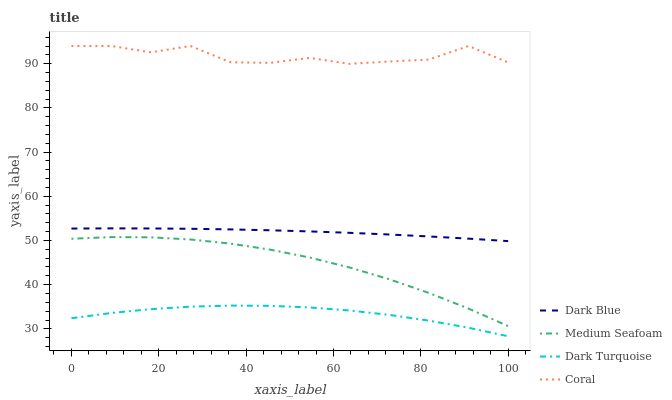
| xaxis_label | Dark Blue | Medium Seafoam | Dark Turquoise | Coral |
 | --- | --- | --- | --- | --- |
 | 0 | 52.7 | 50.4 | 32.4 | 94 |
 | 9.09 | 52.7 | 50.8 | 33.6 | 94 |
 | 18.2 | 52.7 | 50.7 | 34.5 | 92.6 |
 | 27.3 | 52.6 | 50.2 | 35 | 94 |
 | 36.4 | 52.5 | 49.3 | 35.3 | 90.3 |
 | 45.5 | 52.3 | 47.9 | 35.2 | 90.2 |
 | 54.5 | 52.1 | 46.1 | 34.8 | 91.3 |
 | 63.6 | 51.7 | 43.9 | 34.2 | 90 |
 | 72.7 | 51.4 | 41.2 | 33.2 | 90.5 |
 | 81.8 | 50.9 | 38.1 | 31.9 | 90.9 |
 | 90.9 | 50.4 | 34.6 | 30.3 | 94 |
 | 100 | 49.9 | 30.6 | 28.3 | 90.3 |